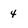
Character: 4